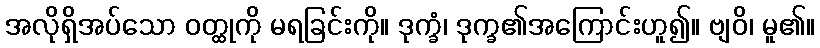
အလိုရှိအပ်သော ဝတ္ထုကို မရခြင်းကို။ ဒုက္ခံ၊ ဒုက္ခ၏အကြောင်းဟူ၍။ ဗျဝိ၊ မူ၏။